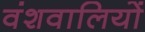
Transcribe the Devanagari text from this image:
वंशवालियों